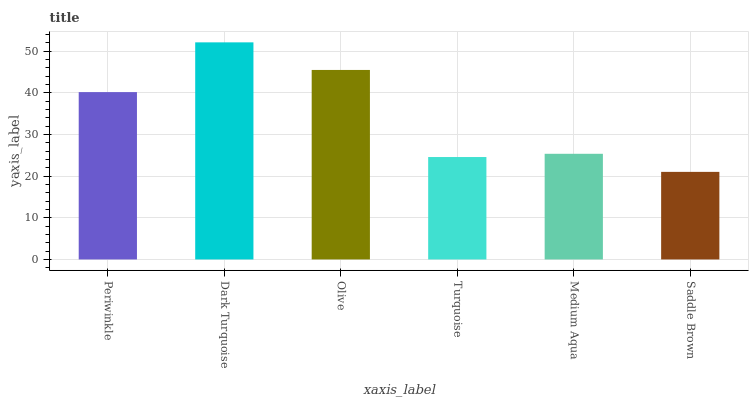
| xaxis_label | bars |
 | --- | --- |
 | Periwinkle | 40.2 |
 | Dark Turquoise | 52.1 |
 | Olive | 45.5 |
 | Turquoise | 24.6 |
 | Medium Aqua | 25.4 |
 | Saddle Brown | 21 |